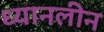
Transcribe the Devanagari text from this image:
ध्यानलीन